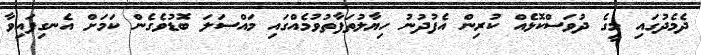
ދެމެދުގައި މީގެ ދުވަސްކޮޅެއް ކުރިން އެފުދުނު ހިޔާލުތަފާތުވުމެއްގައި މައްސަލަ ބޮޑުވެގެން ކަމަށް އެނގިފައިވާ